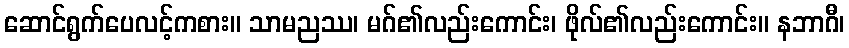
ဆောင်ရွက်ပေလင့်ကစား။ သာမညဿ၊ မဂ်၏လည်းကောင်း၊ ဖိုလ်၏လည်းကောင်း။ နဘာဂီ၊